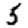
Digit: 5